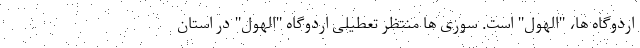
اردوگاه ها، "الهول" است. سوری ها منتظر تعطیلی اردوگاه "الهول" در استان